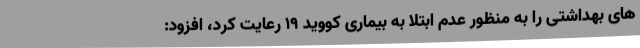
های بهداشتی را به منظور عدم ابتلا به بیماری کووید 19 رعایت کرد، افزود: